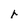
Character: r